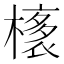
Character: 橠